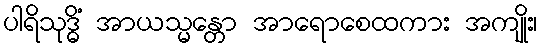
ပါရိသုဒ္ဓိံ အာယသ္မန္တော အာရောစေထကား အကျိုး၊